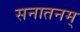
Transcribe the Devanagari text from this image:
सनातनम्